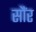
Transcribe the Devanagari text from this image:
सौंर